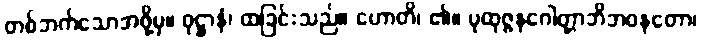
တစ်ဘက်သောအဖို့မှ။ ဝုဋ္ဌာနံ၊ ထခြင်းသည်။ ဟောတိ၊ ၏။ ပုထုဇ္ဇနဂေါတ္တာဘိဘဝနတော၊